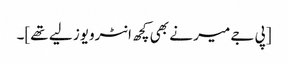
[پی جے میر نے بھی کچھ انٹرویوز لیے تھے]۔